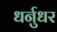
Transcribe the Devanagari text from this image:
धर्नुधर